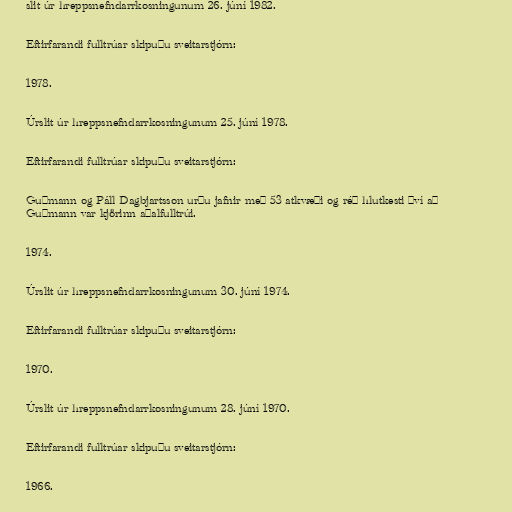
slit úr hreppsnefndarrkosningunum 26. júní 1982.

Eftirfarandi fulltrúar skipuðu sveitarstjórn:

1978.

Úrslit úr hreppsnefndarrkosningunum 25. júní 1978.

Eftirfarandi fulltrúar skipuðu sveitarstjórn:

Guðmann og Páll Dagbjartsson urðu jafnir með 53 atkvæði og réð hlutkesti því að
Guðmann var kjörinn aðalfulltrúi.

1974.

Úrslit úr hreppsnefndarrkosningunum 30. júní 1974.

Eftirfarandi fulltrúar skipuðu sveitarstjórn:

1970.

Úrslit úr hreppsnefndarrkosningunum 28. júní 1970.

Eftirfarandi fulltrúar skipuðu sveitarstjórn:

1966.